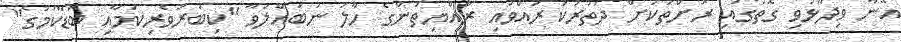
އޭނާ ވިދާޅުވި ގޮތުގައި ރަށްތަކަށް ދަތުރުކުރައްވައި ރައްޔިތުންގެ ހާލު ނުބައްލަވާ "ކިބުރުވެރިކަމާއި ބޮޑާކަމުގެ"